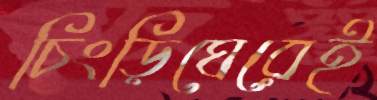
চিংড়িঘেরেই